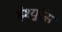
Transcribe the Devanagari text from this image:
इंश्युरेंस